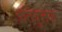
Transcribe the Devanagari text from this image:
इतिदुत्तक